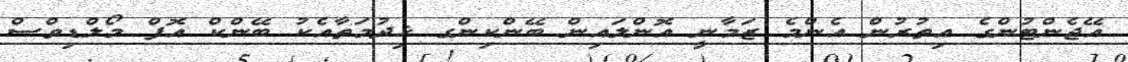
އޭޖެންޓުންގެ އިތުރުން އެންމެ ޒަމާނީ އޮންލައިން ބޭންކިންގ ޚިދުމަތާއެކު ބޭންކް އޮފް މޯލްޑިވްސް